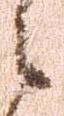
之